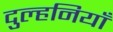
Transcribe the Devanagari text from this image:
दुल्हनियाँ